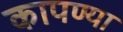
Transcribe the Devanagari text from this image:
कापण्या